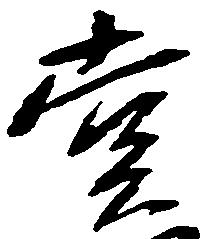
堂